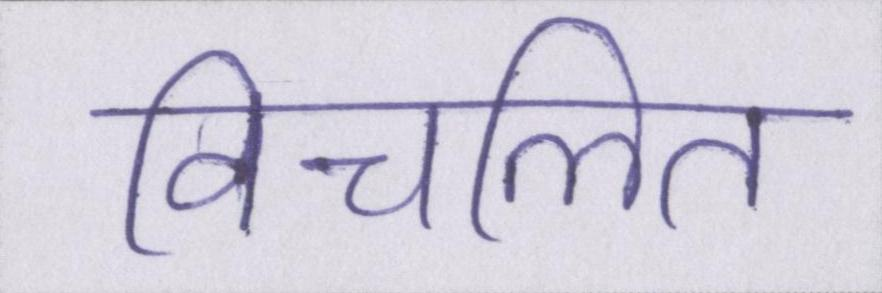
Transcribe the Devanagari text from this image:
विचलित